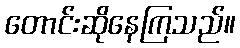
တောင်းဆိုနေကြသည်။